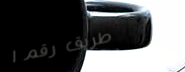
طريق رقم ١